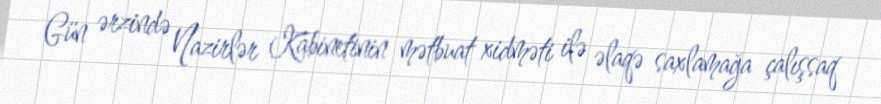
Gün ərzində Nazirlər Kabinetinin mətbuat xidməti ilə əlaqə saxlamağa çalışsaq